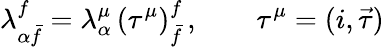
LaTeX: \lambda_{\alpha\bar{f}}^{f}=\lambda_{\alpha}^{\mu}\, (\tau^{\mu})_{\bar{f}}^{f}\, ,\qquad\tau^{\mu}=(i,\vec{\tau})